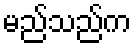
မည်သည်က